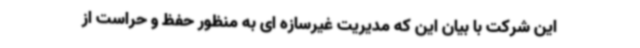
این شرکت با بیان این که مدیریت غیرسازه ای به منظور حفظ و حراست از